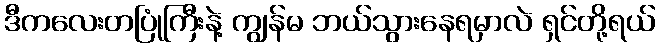
ဒီကလေးတပြုံကြီးနဲ့ ကျွန်မ ဘယ်သွားနေရမှာလဲ ရှင်တို့ရယ်